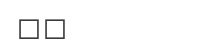
٥٠